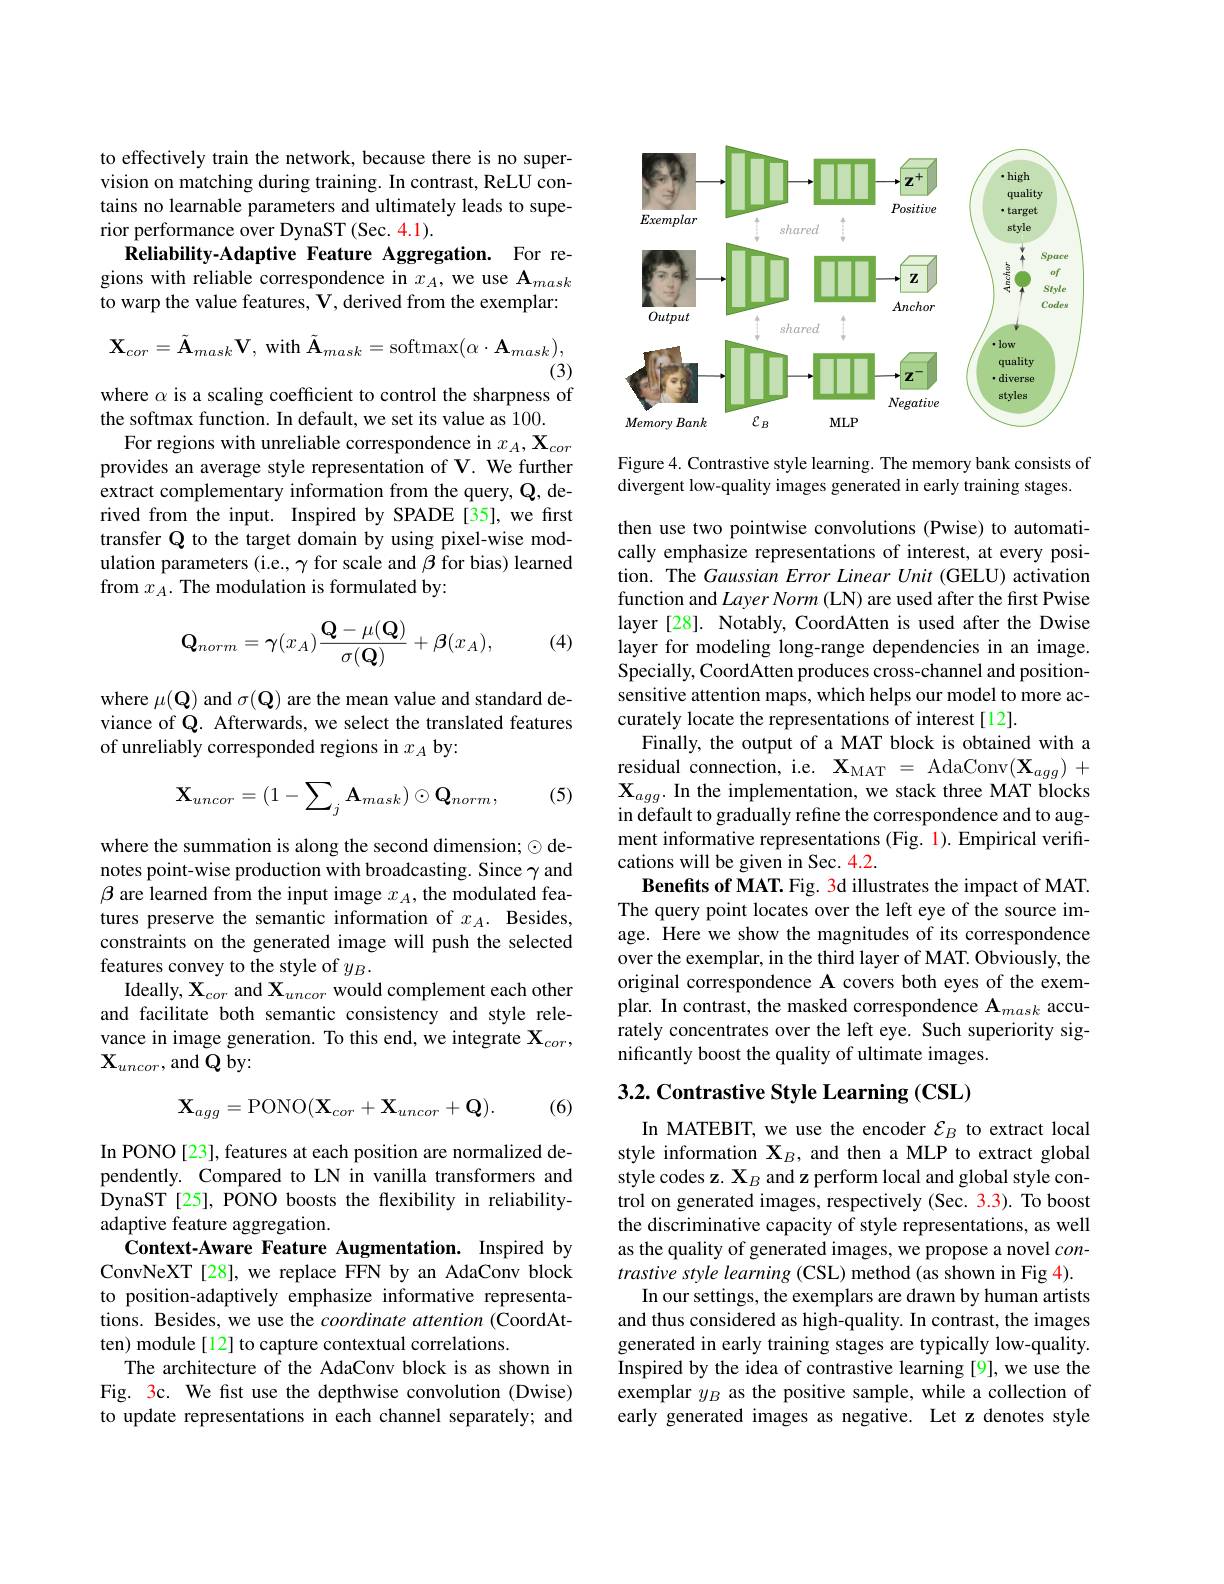
to effectively train the network, because there is no supervision on matching during training. In contrast, ReLU contains no learnable parameters and ultimately leads to superior performance over DynaST (Sec. 4.1).
Reliability-Adaptive Feature Aggregation. For regions with reliable correspondence in $x_A$, we use $\mathbf{A}_mask$ to warp the value features, V, derived from the exemplar:
$$\mathbf{X}_{cor}=\tilde{\mathbf{A}}_{mask}\mathbf{V},\:\mathrm{with}\:\tilde{\mathbf{A}}_{mask}=\mathrm{softmax}(\alpha\cdot\mathbf{A}_{mask}),$$
(3)

where $\alpha$ is a scaling coefficient to control the sharpness of

the softmax function. In default, we set its value as 100.
For regions with unreliable correspondence in $x_A,\mathbf{X}_{cor}$ provides an average style representation of V. We further extract complementary information from the query, Q, derived from the input. Inspired by SPADE[35], we first transfer Q to the target domain by using pixel-wise modulation parameters (i.e., $\gamma$ for scale and $\beta$ for bias) learned from $x_A.$ The modulation is formulated by:

(4)
$$\mathbf{Q}_{norm}=\gamma(x_A)\frac{\mathbf{Q}-\mu(\mathbf{Q})}{\sigma(\mathbf{Q})}+\boldsymbol{\beta}(x_A),$$
where $\mu(\mathbf{Q})$ and $\sigma(\mathbf{Q})$ are the mean value and standard deviance of Q. Afterwards, we select the translated features of unreliably corresponded regions in $x_A$ by:

(5)
$$\mathbf{X}_{uncor}=(1-\sum_{j}\mathbf{A}_{mask})\odot\mathbf{Q}_{norm},$$
where the summation is along the second dimension; $\odot$ denotes point-wise production with broadcasting. Since $\gamma$ and $\beta$ are learned from the input image $x_A$, the modulated features preserve the semantic information of $x_A.$ Besides, constraints on the generated image will push the selected features convey to the style of $y_B.$
Ideally, $\mathbf{X}_{cor}$ and $\mathbf{X}_{uncor}$ would complement each other and facilitate both semantic consistency and style relevance in image generation. To this end, we integrate $\mathbf{X}_cor$, $\mathbf{X}_{uncor}$,and Q by:
$$\mathbf{X}_{agg}=\mathrm{PONO}(\mathbf{X}_{cor}+\mathbf{X}_{uncor}+\mathbf{Q}).$$
(6)

In PONO [23], features at each position are normalized dependently. Compared to LN in vanilla transformers and DynaST[25], PONO boosts the flexibility in reliabilityadaptive feature aggregation.
Context-Aware Feature Augmentation. Inspired by ConvNeXT [28], we replace FFN by an AdaConv block to position-adaptively emphasize informative representations. Besides, we use the coordinate attention (CoordAtten) module[12] to capture contextual correlations.
The architecture of the AdaConv block is as shown in Fig. 3c. We fist use the depthwise convolution (Dwise) to update representations in each channel separately; and

<FigureHere>

Figure 4. Contrastive style learning. The memory bank consists of
divergent low-quality images generated in early training stages

then use two pointwise convolutions (Pwise) to automatically emphasize representations of interest, at every position. The Gaussian Error Linear Unit (GELU) activation function and Layer Norm (LN) are used after the first Pwise layer [28]. Notably, CoordAtten is used after the Dwise layer for modeling long-range dependencies in an image Specially, CoordAtten produces cross-channel and positionsensitive attention maps, which helps our model to more accurately locate the representations of interest[12].
Finally, the output of a MAT block is obtained with a residual connection, i.e. $\mathbf{X}_{\mathrm{MAT}}=$ AdaConv$(\mathbf{X}_{agg})+$ $\mathbf{X}_{agg}.$ In the implementation, we stack three MAT blocks in default to gradually refine the correspondence and to augment informative representations (Fig. 1). Empirical verifications will be given in Sec. 4.2.
Benefits of MAT. Fig. 3d illustrates the impact of MAT. The query point locates over the left eye of the source image. Here we show the magnitudes of its correspondence over the exemplar, in the third layer of MAT. Obviously, the original correspondence A covers both eyes of the exemplar. In contrast, the masked correspondence A$_mask$ accurately concentrates over the left eye. Such superiority significantly boost the quality of ultimate images.

## 3.2. Contrastive Style Learning (CSL)

In MATEBIT, we use the encoder $\mathcal{E}_B$ to extract local style information $\mathbf{X}_B$, and then a MLP to extract global style codes z. $\mathbf{X}_B$ and z perform local and global style control on generated images, respectively (Sec. 3.3). To boost the discriminative capacity of style representations, as well as the quality of generated images, we propose a novel $con-$ trastive style learning (CSL) method (as shown in Fig 4).
In our settings, the exemplars are drawn by human artists and thus considered as high-quality. In contrast, the images generated in early training stages are typically low-quality. Inspired by the idea of contrastive learning [9], we use the exemplar $y_B$ as the positive sample, while a collection of early generated images as negative. Let z denotes style